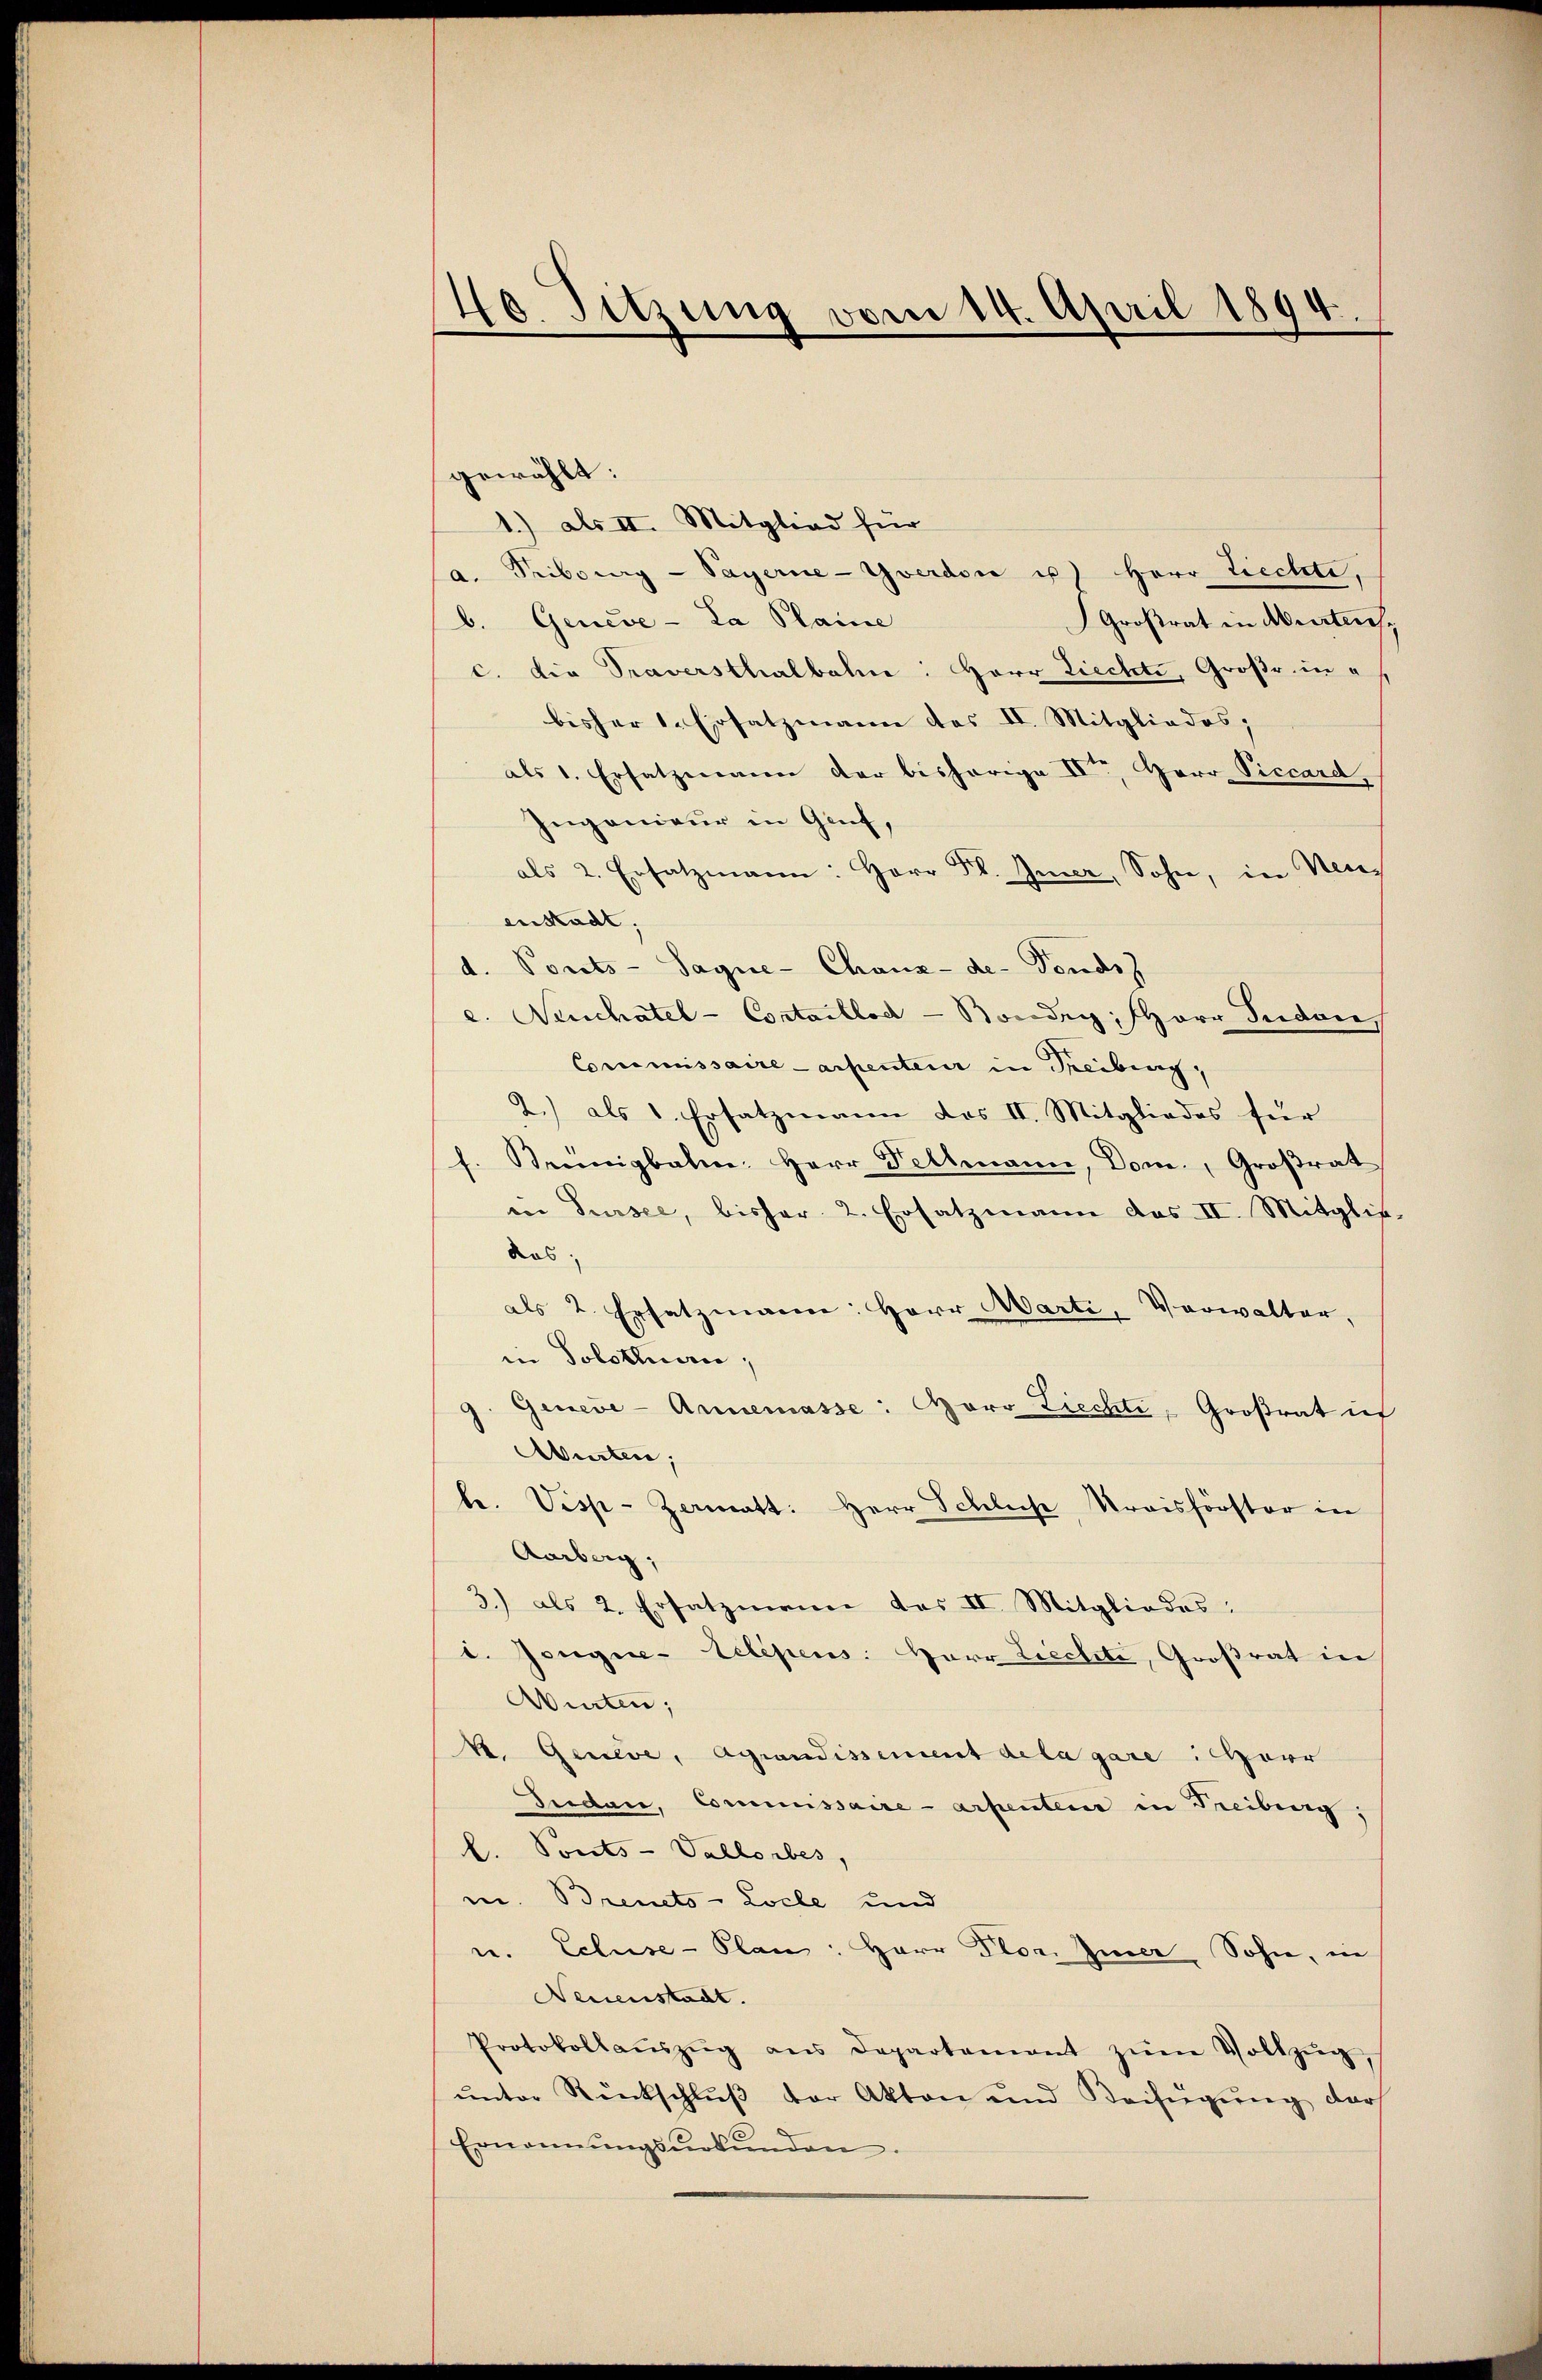
40 Sitzung vom 14. April 1894.

gewählt:
1.) als II. Mitglied für
a. Tribung - Payerne-Yverdon u. Herr Ziechte,
Großrat in Arten,
b. Geneve-La Plaine
c. die Traversthalbahne: Herr Liechte, Große in
bisher 1. Ersatzmann des II. Mitgliedes;
als 1. Ersatzungen der bisherige IIte Herr Viccard,
Ingenieur in Gruf,
als 2. Ersatzmann: Herr Fl. Gener, Sohn, in Neu
enstadt.
d. Ponts-Sagne- Chaux-de-Fondsz
e. Neuchatel - Cortaillod -Bondig, HHerr Juden
Commissaire arbenteur in Treiburg,
2.) als 1. Ersatzmann das II. Mitgliedes für
f. Keinigbahn. Herr Fellmann, Dom. Großrat
in Sursee, bisher 2. Ersatzmann das II. Mitgliedas
als 2. Ersatzmann: Herr Marti, Verwalter,
in Solothurn,
Geneve-Annemasse: Herr Ziechte, Großrat ich
Auten;
te. Visp-Zermatt: Herr Schliese Kraisförster in
Aarberg,
3.) als 2. Ersatzmanne das II. Mitgliedes
t. Jongue-Telepens: Herr Liechte, Großrat in
Wirten;
k. Genève, Agrandissement dela gare Harr
Fuder, Commissaire-arpenten in Freiburg,
L. Ponts-Vallorbes,
m. Breneto-Locle und
u. Ecluse-Plan: Herr Plor. Inner Sohn, in
Neuenstadt.
Protokollaŭszŭg ans Departement zŭm Vollzŭg,
ŭnter Rückschlŭβ der Akten und Beifügŭng darf
Ernennungsurkunden.